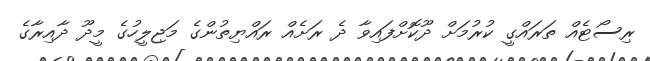
ރިސޯޓެއް ތަރައްގީ ކުރުމަށް ދޫކޮށްފައިވާ ދެ ރަށެއް ރައްޔިތުންގެ މަޖިލީހުގެ މީދޫ ދާއިރާގެ